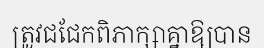
ត្រូវជជែកពិភាក្សាគ្នាឱ្យបាន